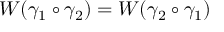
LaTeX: W ( \gamma _ { 1 } \circ \gamma _ { 2 } ) = W ( \gamma _ { 2 } \circ \gamma _ { 1 } )